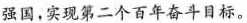
强国，实现第二个百年奋斗目标。